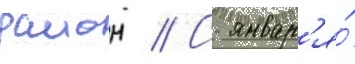
раион // С январ'я́